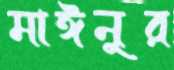
মাঈনুর